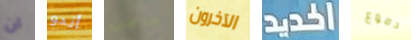
ان أندو ماهي الآخرون الحديد دموع